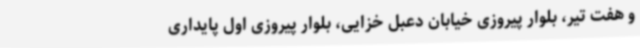
و هفت تیر، بلوار پیروزی خیابان دعبل خزایی، بلوار پیروزی اول پایداری